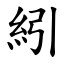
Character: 紖